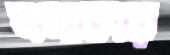
নলাকার